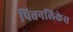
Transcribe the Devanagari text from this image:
पित्तनलिकेस